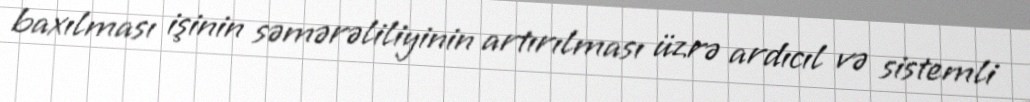
baxılması işinin səmərəliliyinin artırılması üzrə ardıcıl və sistemli